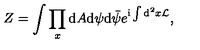
Z = \int \prod _ { x } \mathrm { d } A \mathrm { d } \psi \mathrm { d } { \bar { \psi } } e ^ { \mathrm { i } \int \mathrm { d } ^ { 2 } x { \cal L } } ,